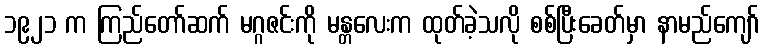
၁၉၂၁ က ကြည်တော်ဆက် မဂ္ဂဇင်းကို မန္တလေးက ထုတ်ခဲ့သလို စစ်ပြီးခေတ်မှာ နာမည်ကျော်